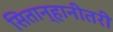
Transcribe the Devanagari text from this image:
सितान्हानीतरी